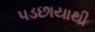
પડછાયાથી